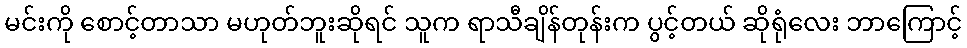
မင်းကို စောင့်တာသာ မဟုတ်ဘူးဆိုရင် သူက ရာသီချိန်တုန်းက ပွင့်တယ် ဆိုရုံလေး ဘာကြောင့်